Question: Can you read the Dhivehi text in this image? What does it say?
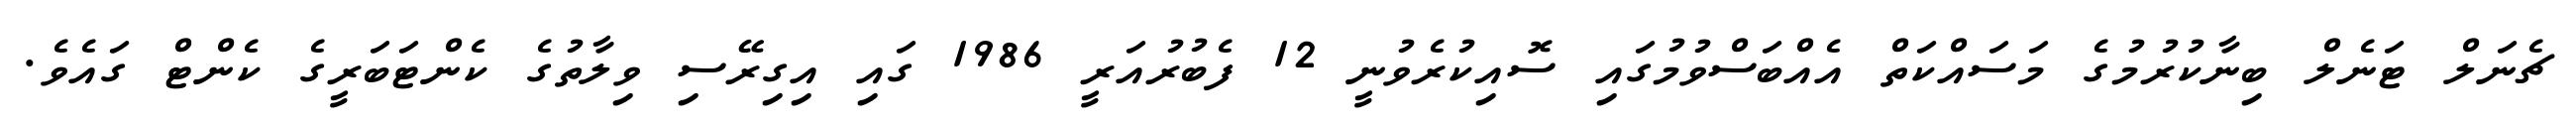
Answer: ޗެނަލް ޓަނެލް ބިނާކުރުމުގެ މަސައްކަތް އެއްބަސްވުމުގައި ސޮއިކުރެވުނީ 12 ފެބުރުއަރީ 1986 ގައި އިގިރޭސި ވިލާތުގެ ކެންޓަބަރީގެ ކެންޓް ގައެވެ.